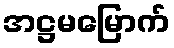
အဋ္ဌမမြောက်